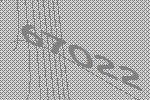
67022